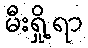
မီးရှို့ရာ